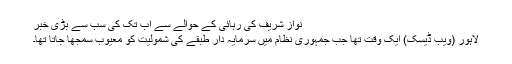
نواز شریف کی رہائی کے حوالے سے اب تک کی سب سے بڑی خبر
لاہور (ویب ڈیسک) ایک وقت تھا جب جمہوری نظام میں سرمایہ دار طبقے کی شمولیت کو معیوب سمجھا جاتا تھا۔